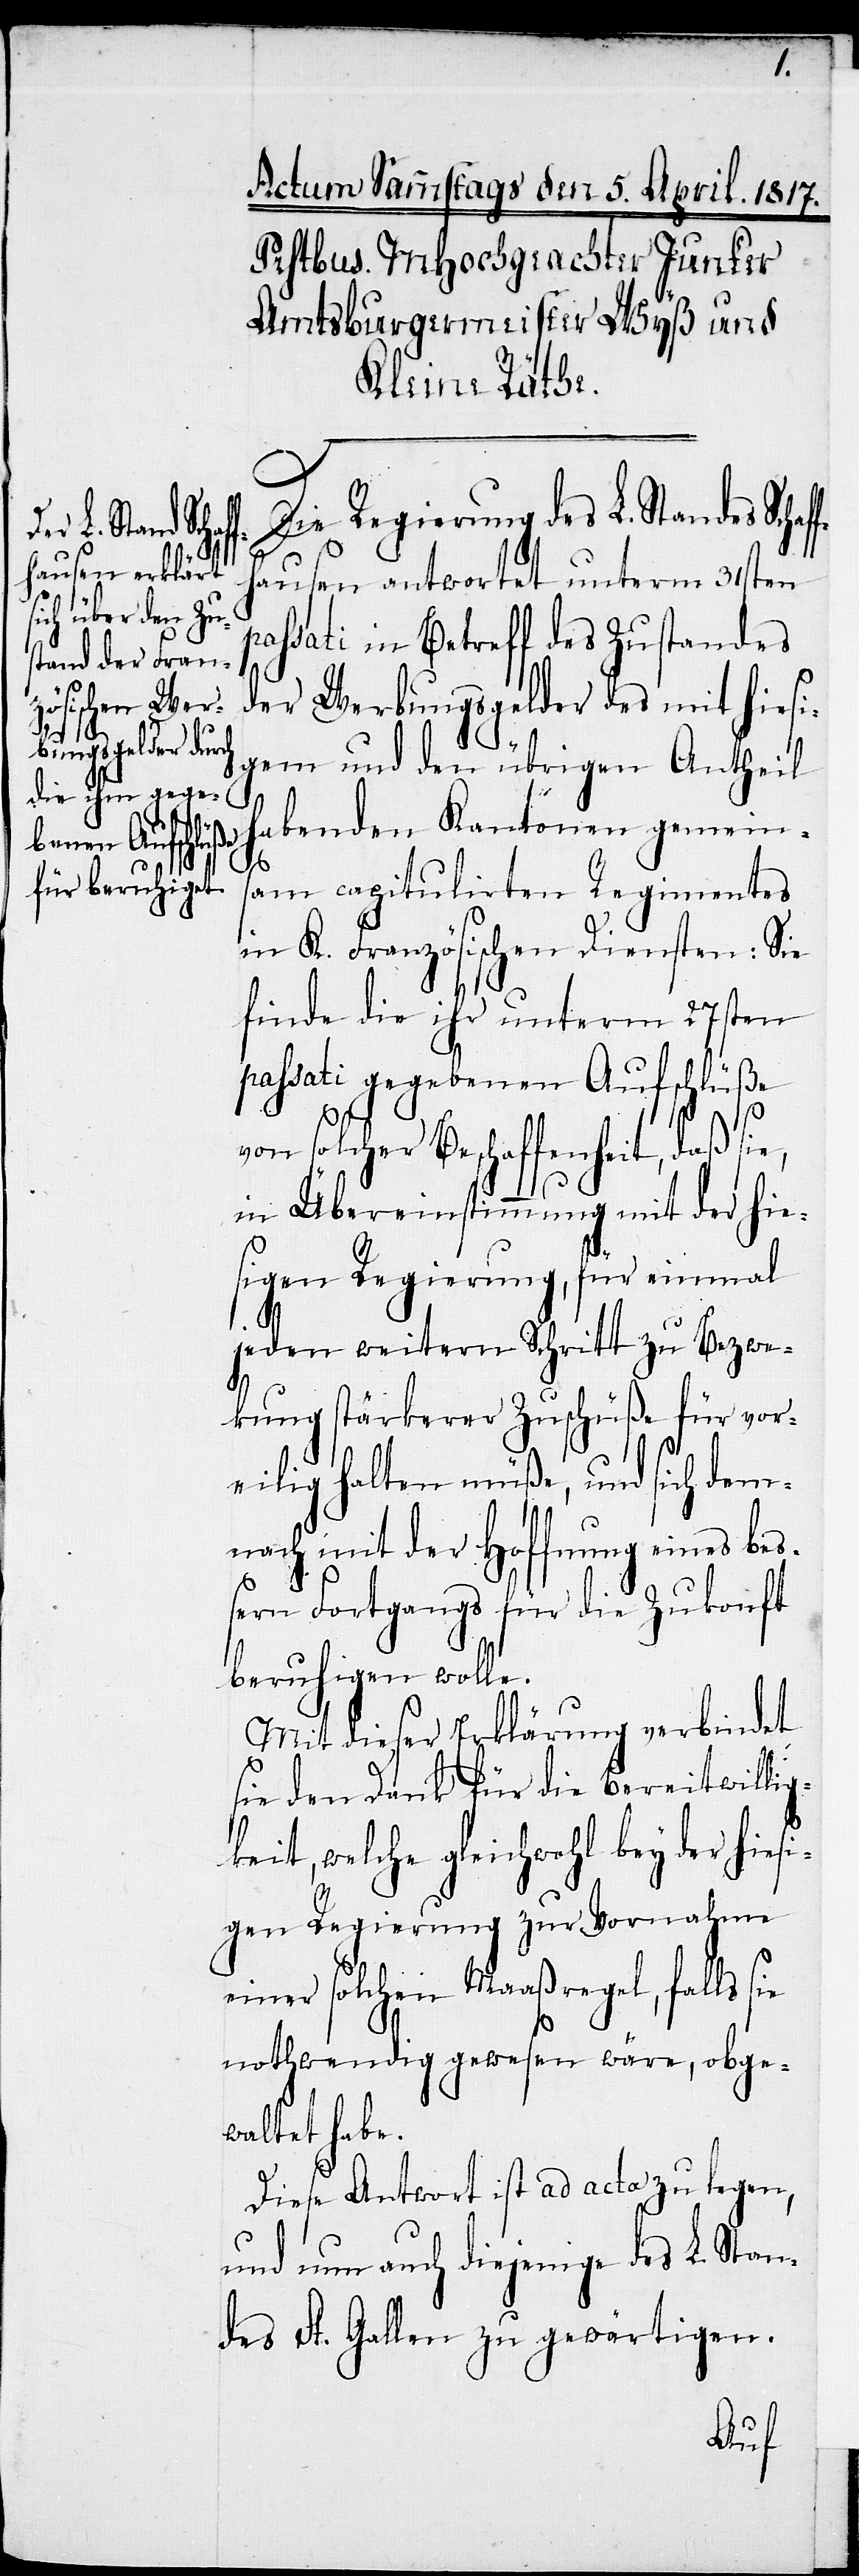
Die Regierung des L. Standes Schaf¬
fhausen antwortet unterm 31sten
passati in Betreff des Zustandes
der Werbungsgelder des mit hiesi¬
gem und den übrigen Antheil
habenden Kantonen gemein¬
sam capitulirten Regimentes
in K. Französischen Diensten: Sie
finde die ihr unterm 27sten
passati gegebenen Aufschlüße
von solcher Beschaffenheit, daß
in Übereinstimmung mit der hie¬
sigen Regierung, für einmal
jeden weitern Schritt zu Bezwe¬
kung stärkerer Zuschüße für vor¬
eilig halten müße, und sich dem¬
nach mit der Hoffnung eines be¬
ßern Fortgangs für die Zukonft
beruhigen wolle.
Mit dieser Erklärung verbindet
sie den Dank für die Bereitwillig¬
keit, welche gleichwohl bey der hiesi¬
gen Regierung zur Vornahme
einer solchen Maaßregel, falls sie
nothwendig gewesen wäre, obge¬
waltet habe.
Diese Antwort ist ad acta zu legen,
und nun auch diejenige des L. Stan¬
des St. Gallen zu gewärtigen.